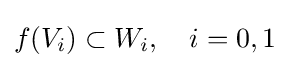
f(V_{i})\subset W_{i},\quad i=0,1